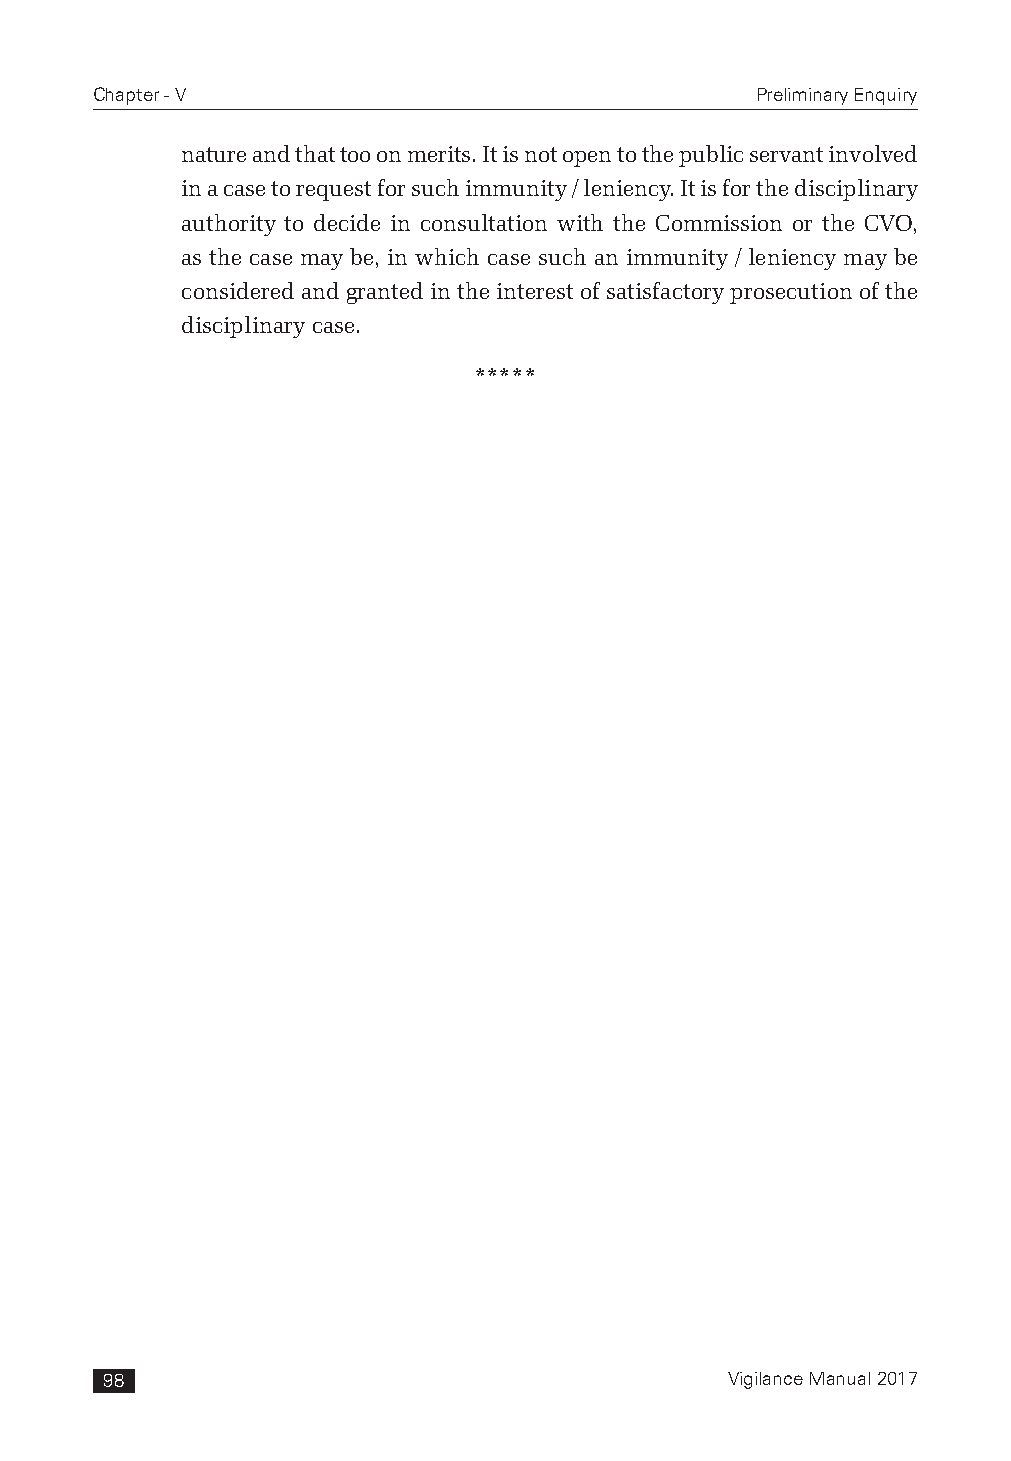
Chapter - V                                 Preliminary Enquiry
 nature and that too on merits. It is not open to the public servant involved
 in a case to request for such immunity / leniency. It is for the disciplinary
 authority to decide in consultation with the Commission or the CVO,
 as the case may be, in which case such an immunity / leniency may be
 considered and granted in the interest of satisfactory prosecution of the
 disciplinary case.
 *****
 98                                       Vigilance Manual 2017